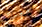
معك